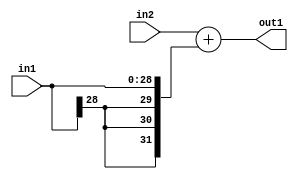
`timescale 1ps / 1ps
/*****************************************************************************
    Verilog RTL Description
    
    
    Created by: Stratus DpOpt 2019.1.01 
*******************************************************************************/

module DC_Filter_Add_32Sx29S_32S_4 (
	in2,
	in1,
	out1
	); /* architecture "behavioural" */ 
input [31:0] in2;
input [28:0] in1;
output [31:0] out1;
wire [31:0] asc001;

assign asc001 = 
	+(in2)
	+({{3{in1[28]}}, in1});

assign out1 = asc001;
endmodule

/* CADENCE  ubPyTAk= : u9/ySgnWtBlWxVPRXgAZ4Og= ** DO NOT EDIT THIS LINE ******/